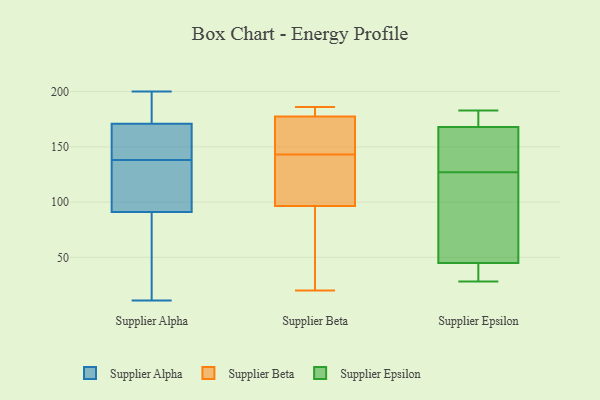
{"axis": {"x": "Market Share (%)", "y": "Value"}, "legend": ["Supplier Alpha", "Supplier Beta", "Supplier Epsilon"], "data": [{"x": "", "y": 109, "type": "Supplier Alpha"}, {"x": "", "y": 170, "type": "Supplier Alpha"}, {"x": "", "y": 11, "type": "Supplier Alpha"}, {"x": "", "y": 183, "type": "Supplier Alpha"}, {"x": "", "y": 200, "type": "Supplier Alpha"}, {"x": "", "y": 91, "type": "Supplier Alpha"}, {"x": "", "y": 28, "type": "Supplier Alpha"}, {"x": "", "y": 146, "type": "Supplier Alpha"}, {"x": "", "y": 113, "type": "Supplier Alpha"}, {"x": "", "y": 92, "type": "Supplier Alpha"}, {"x": "", "y": 130, "type": "Supplier Alpha"}, {"x": "", "y": 153, "type": "Supplier Alpha"}, {"x": "", "y": 37, "type": "Supplier Alpha"}, {"x": "", "y": 181, "type": "Supplier Alpha"}, {"x": "", "y": 53, "type": "Supplier Alpha"}, {"x": "", "y": 182, "type": "Supplier Alpha"}, {"x": "", "y": 171, "type": "Supplier Alpha"}, {"x": "", "y": 164, "type": "Supplier Alpha"}, {"x": "", "y": 103, "type": "Supplier Beta"}, {"x": "", "y": 20, "type": "Supplier Beta"}, {"x": "", "y": 23, "type": "Supplier Beta"}, {"x": "", "y": 114, "type": "Supplier Beta"}, {"x": "", "y": 178, "type": "Supplier Beta"}, {"x": "", "y": 154, "type": "Supplier Beta"}, {"x": "", "y": 142, "type": "Supplier Beta"}, {"x": "", "y": 51, "type": "Supplier Beta"}, {"x": "", "y": 90, "type": "Supplier Beta"}, {"x": "", "y": 177, "type": "Supplier Beta"}, {"x": "", "y": 178, "type": "Supplier Beta"}, {"x": "", "y": 138, "type": "Supplier Beta"}, {"x": "", "y": 155, "type": "Supplier Beta"}, {"x": "", "y": 21, "type": "Supplier Beta"}, {"x": "", "y": 178, "type": "Supplier Beta"}, {"x": "", "y": 104, "type": "Supplier Beta"}, {"x": "", "y": 180, "type": "Supplier Beta"}, {"x": "", "y": 144, "type": "Supplier Beta"}, {"x": "", "y": 186, "type": "Supplier Beta"}, {"x": "", "y": 151, "type": "Supplier Beta"}, {"x": "", "y": 60, "type": "Supplier Epsilon"}, {"x": "", "y": 178, "type": "Supplier Epsilon"}, {"x": "", "y": 39, "type": "Supplier Epsilon"}, {"x": "", "y": 127, "type": "Supplier Epsilon"}, {"x": "", "y": 183, "type": "Supplier Epsilon"}, {"x": "", "y": 168, "type": "Supplier Epsilon"}, {"x": "", "y": 137, "type": "Supplier Epsilon"}, {"x": "", "y": 41, "type": "Supplier Epsilon"}, {"x": "", "y": 28, "type": "Supplier Epsilon"}, {"x": "", "y": 161, "type": "Supplier Epsilon"}, {"x": "", "y": 46, "type": "Supplier Epsilon"}, {"x": "", "y": 80, "type": "Supplier Epsilon"}, {"x": "", "y": 168, "type": "Supplier Epsilon"}]}